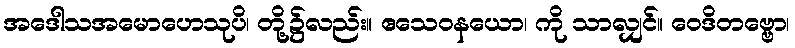
အဒေါသအမောဟေသုပိ၊ တို့၌လည်း။ ဧသေဝနယော၊ ကို သာလျှင်။ ဝေဒိတဗ္ဗော၊